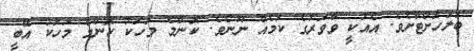
ބަލަހަށްޓާށެވެ. އެއަކީ ވާވަރުގެ ކަމެއް ނޫނެވެ. ކޮންމެ މަހަކު ކޮންމެ މަހަކު އޭބީ